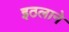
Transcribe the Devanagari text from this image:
इठलाने